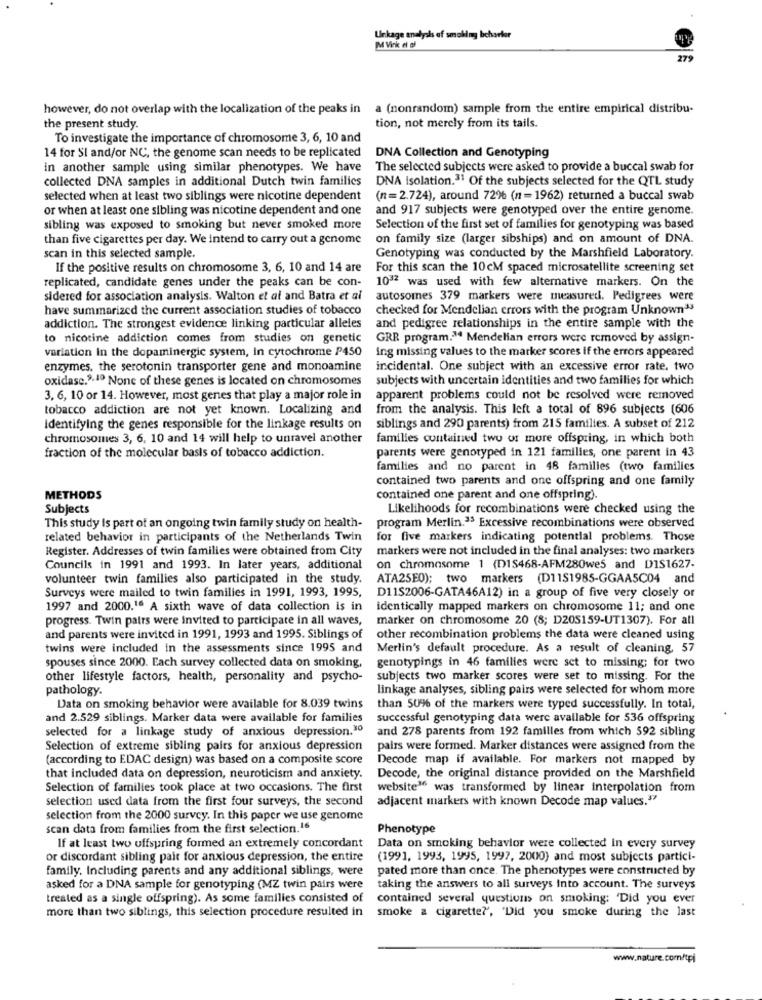
Unkage analysis of smoking bcharter
M Vink el of
279
however, do not overlap with the localization of the peaks in a (nonrandom) sample from the entire empirical distribu-
the present study.
tion, not merely from its tails.
To investigate the importance of chromosome 3, 6, 10 and
14 for SI and/or NC, the genome scan needs to be replicated
DNA Collection and Genotyping
in another sample using similar phenotypes. We have
The selected subjects were asked to provide a buccal swab for
collected DNA samples in additional Dutch twin families
DNA isolation.31 Of the subjects selected for the QTL study
selected when at least two siblings were nicotine dependent
(n=2.724), around 72% (n = 1962) returned a buccal swab
or when at least one sibling was nicotine dependent and one
and 917 subjects were genotyped over the entire genome.
sibling was exposed to smoking but never smoked more
Selection of the first set of families for genotyping was based
than five cigarettes per day. We intend to carry out a genome
on family size (larger sibships) and on amount of DNA.
scan in this selected sample.
Genotyping was conducted by the Marshfield Laboratory.
If the positive results on chromosome 3, 6, 10 and 14 are
For this scan the 10cM spaced microsatellite screening set
replicated, candidate genes under the peaks can be con-
1032 was used with few alternative markers. On the
sidered for association analysis. Walton et al and Batra et al
autosomes 379 markers were measured. Pedigrees were
have summarized the current association studies of tobacco
checked for Mendelian errors with the program Unknown"
addiction. The strongest evidence linking particular alleles
and pedigree relationships in the entire sample with the
to nicotine addiction comes from studies on genetic
GRR program.14 Mendelian errors were removed by assign-
variation In the dopaminergic system, in cytochrome P450
ing missing values to the marker scores if the errors appeared
enzymes. the serotonin transporter gene and monoamine
incidental. One subject with an excessive error rate. two
oxidase.9.1º None of these genes is located on chromosomes
subjects with uncertain identities and two families for which
3, 6, 10 or 14. However, most genes that play a major role in
apparent problems could not be resolved were removed
tobacco addiction are not yet known. Localizing and
from the analysis. This left a total of 896 subjects (606
Identifying the genes responsible for the linkage results on
siblings and 290 parents) from 215 families. A subset of 212
chromosomes 3, 6, 10 and 14 will help to unravel another
families contained two or more offspring, in which both
fraction of the molecular basis of tobacco addiction.
parents were genotyped in 121 families, one parent in 43
families and no parent in 48 families (two families
contained two parents and one offspring and one family
METHODS
contained one parent and one offspring).
Subjects
Likelihoods for recombinations were checked using the
This study is part of an ongoing twin family study on health-
program Merlin.35 Excessive recombinations were observed
related behavior in participants of the Netherlands Twin
for five markers indicating potential problems. Those
Register. Addresses of twin families were obtained from City
markers were not included in the final analyses: two markers
Councils in 1991 and 1993. In later years, additional
on chromosome 1 (D15468-AFM280we5 and DIS1627.
volunteer twin families also participated in the study.
ATA25E0); two markers (D11$1985-GGAASC04 and
Surveys were mailed to twin families in 1991, 1993, 1995,
D11$2006-GATA46A12) in a group of five very closely or
1997 and 2000.16 A sixth wave of data collection is in
identically mapped markers on chromosome 11; and one
progress. Twin pairs were invited to participate in all waves,
marker on chromosome 20 (8; D205159-UT1307). For all
and parents were invited in 1991, 1993 and 1995. Siblings of
other recombination problems the data were cleaned using
twins were included in the assessments since 1995 and
Merlin's default procedure. As a result of cleaning, 57
spouses since 2000. Each survey collected data on smoking,
genotypings in 46 families were set to missing; for two
other lifestyle factors, health, personality and psycho-
subjects two marker scores were set to missing. For the
pathology.
linkage analyses, sibling pairs were selected for whom more
Data on smoking behavior were available for 8.039 twins
than 50% of the markers were typed successfully. In total,
and 2.529 siblings. Marker data were available for families
successful genotyping data were available for 536 offspring
selected for a linkage study of anxious depression.30
and 278 parents from 192 familles from which 592 sibling
Selection of extreme sibling pairs for anxious depression
pairs were formed. Marker distances were assigned from the
(according to EDAC design) was based on a composite score
Decode map if available. For markers not mapped by
that included data on depression, neuroticism and anxiety.
Decode, the original distance provided on the Marshfield
Selection of families took place at two occasions. The first
website16 was transformed by linear interpolation from
selection used data from the first four surveys, the second
adjacent markers with known Decode map values.""
selection from the 2000 survey. In this paper we use genome
scan data from families from the first selection.16
Phenotype
If at least two offspring formed an extremely concordant
Data on smoking behavior were collected In every survey
or discordant sibling pait for anxious depression, the entire
(1991, 1993, 1995, 1997, 2000) and most subjects partici-
family. Including parents and any additional siblings, were
pated more than once. The phenotypes were constructed by
asked for a DNA sample for genotyping (MZ twin pairs were
taking the answers to all surveys Into account. The surveys
treated as a single offspring). As some families consisted of
contained several questions on smoking: 'Did you ever
more than two siblings, this selection procedure resulted in
smoke a cigarette?', 'Did you smoke during the last
www.nature.com/tpi